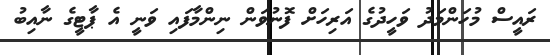
ރައީސް މުހަންމަދު ވަހީދުގެ އަރިހަށް ފޮނުވަން ނިންމާފައި ވަނީ އެ ޕާޓީގެ ނާއިބު